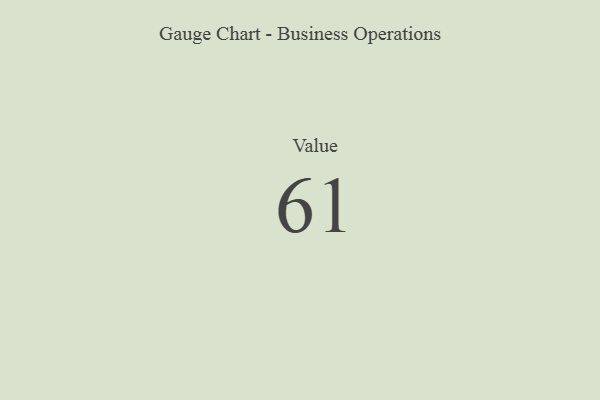
{"axis": {"x": "Metric", "y": "Value"}, "legend": [""], "data": [{"x": "Value", "y": 61, "type": ""}]}